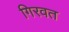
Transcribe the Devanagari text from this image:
गिरवत